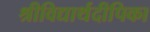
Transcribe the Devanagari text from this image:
श्रीविद्यार्थदीपिका